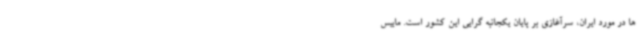
ها در مورد ایران، سرآغازی بر پایان یکجانبه گرایی این کشور است. ماییس